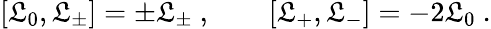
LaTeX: [\mathfrak{L}_{0},\mathfrak{L}_{\pm}]=\pm\mathfrak{L}_{\pm}\ ,\qquad[\mathfrak{L}_{+},\mathfrak{L}_{-}]=-2\mathfrak{L}_{0}\ .